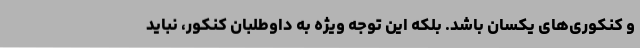
و کنکوری‌های یکسان باشد. بلکه این توجه ویژه به داوطلبان کنکور، نباید